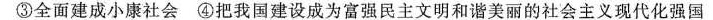
③全面建成小康社会 ④把我国建设成为富强民主文明和谐美丽的社会主义现代化强国